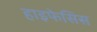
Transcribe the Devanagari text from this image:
हाइफेसिस